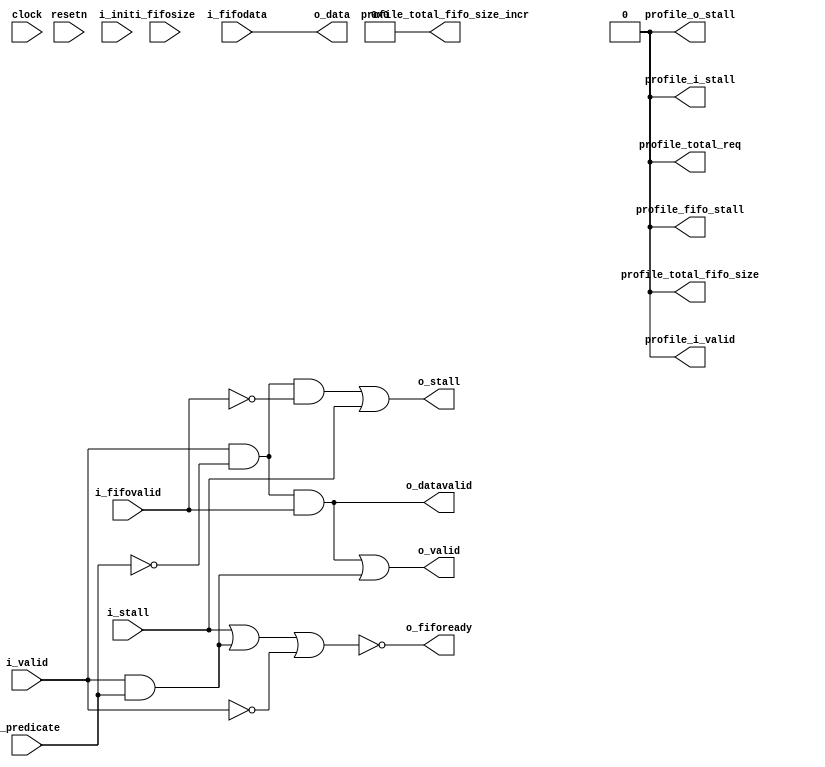
module st_read (
        clock,
        resetn,
        i_init,
        i_predicate,
        i_valid,
        o_stall,
        o_valid,
        i_stall,
        o_data,
	o_datavalid, 
        i_fifodata,
        i_fifovalid,
        o_fifoready,
        i_fifosize,
        profile_i_valid,
        profile_i_stall,
        profile_o_stall,
        profile_total_req,
        profile_fifo_stall,
        profile_total_fifo_size, profile_total_fifo_size_incr
        );
parameter DATA_WIDTH = 32;
parameter INIT = 0;
parameter INIT_VAL = 64'h0000000000000000;
parameter NON_BLOCKING = 1'b0;
parameter FIFOSIZE_WIDTH=32;
parameter ACL_PROFILE=0;      
parameter ACL_PROFILE_INCREMENT_WIDTH=32;
input clock, resetn, i_stall, i_valid, i_fifovalid;
input i_init;
output o_stall, o_valid, o_fifoready;
input i_predicate;
output o_datavalid;
output [DATA_WIDTH-1:0] o_data;
input [DATA_WIDTH-1:0] i_fifodata;
input [FIFOSIZE_WIDTH-1:0] i_fifosize;
output profile_i_valid;
output profile_i_stall;
output profile_o_stall;
output profile_total_req;
output profile_fifo_stall;
output profile_total_fifo_size;
output [ACL_PROFILE_INCREMENT_WIDTH-1:0] profile_total_fifo_size_incr;
wire feedback_downstream, data_downstream;
wire nop = i_predicate;
wire initvalid;
wire initready;
assign feedback_downstream = i_valid & ~nop & initvalid;
assign data_downstream = i_valid & nop;
assign o_datavalid = feedback_downstream;
wire init_reset;
wire r_o_stall;
wire init_val;
generate
if ( INIT ) begin
assign init_reset = ~resetn;
assign init_val   = i_init;
init_reg
  #( .WIDTH    ( DATA_WIDTH   ),
     .INIT     ( INIT     ),
     .INIT_VAL ( INIT_VAL ) )
reg_data ( 
      .clk     ( clock ),
      .reset   ( init_reset ),
      .i_init  ( init_val   ),
      .i_data  ( i_fifodata ),
      .i_valid ( i_fifovalid ), 
      .o_valid ( initvalid ),
      .o_data  ( o_data ),
      .o_stall ( r_o_stall ),
      .i_stall ( ~initready ) 
      );
end
else begin
assign init_reset = ~resetn;
assign init_val   = 1'b0;
assign o_data = i_fifodata;
assign initvalid = i_fifovalid;
assign r_o_stall = ~initready;
end
endgenerate
assign o_fifoready = ~r_o_stall;
assign o_valid = feedback_downstream | data_downstream | ( i_valid & NON_BLOCKING );
assign o_data_valid = feedback_downstream;
assign o_stall = ( i_valid & ~nop & ~initvalid & ~NON_BLOCKING) | i_stall;
assign initready = ~(i_stall  | data_downstream | ~i_valid); 
generate
if(ACL_PROFILE==1)
begin
  assign profile_i_valid = ( i_valid & ~o_stall );
  assign profile_i_stall = ( o_valid & i_stall );
  assign profile_o_stall = ( i_valid & o_stall );
  assign profile_total_req = ( i_valid & ~o_stall & ~nop );
  assign profile_fifo_stall = ( i_valid & ~nop & ~initvalid );
  assign profile_total_fifo_size = ( i_fifovalid & o_fifoready );
  assign profile_total_fifo_size_incr = i_fifosize;
end
else
begin
  assign profile_i_valid = 1'b0;
  assign profile_i_stall = 1'b0;
  assign profile_o_stall = 1'b0;
  assign profile_total_req = 1'b0;
  assign profile_fifo_stall = 1'b0;
  assign profile_total_fifo_size = 1'b0;
  assign profile_total_fifo_size_incr = {ACL_PROFILE_INCREMENT_WIDTH{1'b0}};
end
endgenerate
endmodule